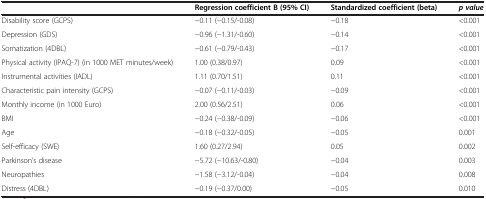
<table><thead><tr><td><b> </b></td><td><b>Regression coefficient B (95% CI)</b></td><td><b>Standardized coefficient (beta)</b></td><td><b><i>p value</i></b></td></tr></thead><tbody><tr><td>Disability score (GCPS)</td><td>−0.11 (−0.15/-0.08)</td><td>−0.18</td><td>&lt;0.001</td></tr><tr><td>Depression (GDS)</td><td>−0.96 (−1.31/-0.60)</td><td>−0.14</td><td>&lt;0.001</td></tr><tr><td>Somatization (4DBL)</td><td>−0.61 (−0.79/-0.43)</td><td>−0.17</td><td>&lt;0.001</td></tr><tr><td>Physical activity (IPAQ-7) (in 1000 MET minutes/week)</td><td>1.00 (0.38/0.97)</td><td>0.09</td><td>&lt;0.001</td></tr><tr><td>Instrumental activities (IADL)</td><td>1.11 (0.70/1.51)</td><td>0.11</td><td>&lt;0.001</td></tr><tr><td>Characteristic pain intensity (GCPS)</td><td>−0.07 (−0.11/-0.03)</td><td>−0.09</td><td>&lt;0.001</td></tr><tr><td>Monthly income (in 1000 Euro)</td><td>2.00 (0.56/2.51)</td><td>0.06</td><td>&lt;0.001</td></tr><tr><td>BMI</td><td>−0.24 (−0.38/-0.09)</td><td>−0.06</td><td>&lt;0.001</td></tr><tr><td>Age</td><td>−0.18 (−0.32/-0.05)</td><td>−0.05</td><td>0.001</td></tr><tr><td>Self-efficacy (SWE)</td><td>1.60 (0.27/2.94)</td><td>0.05</td><td>0.002</td></tr><tr><td>Parkinson’s disease</td><td>−5.72 (−10.63/-0.80)</td><td>−0.04</td><td>0.003</td></tr><tr><td>Neuropathies</td><td>−1.58 (−3.12/-0.04)</td><td>−0.04</td><td>0.008</td></tr><tr><td>Distress (4DBL)</td><td>−0.19 (−0.37/0.00)</td><td>−0.05</td><td>0.010</td></tr></tbody></table>